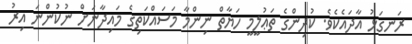
ރަނގަޅު އާދައެކެވެ. ކުދިންގެ ތަޢުލީމީ ހަޔާތް ނިންމާ މަސައްކަތިގެ މައިދާނަށް ނުކުންނަ އިރު